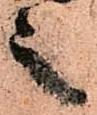
之